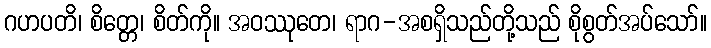
ဂဟပတိ၊ စိတ္တေ၊ စိတ်ကို။ အဝဿုတေ၊ ရာဂ-အစရှိသည်တို့သည် စိုစွတ်အပ်သော်။